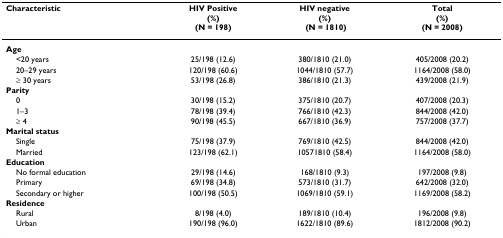
| Characteristic | HIV Positive (%) (N = 198) | HIV negative(%)  (N = 1810) | Total (%) (N = 2008) |
 | --- | --- | --- | --- |
 | Age |  |  |  |
 | <20 years | 25/198 (12.6) | 380/1810 (21.0) | 405/2008 (20.2) |
 | 20–29 years | 120/198 (60.6) | 1044/1810 (57.7) | 1164/2008 (58.0) |
 | ≥ 30 years | 53/198 (26.8) | 386/1810 (21.3) | 439/2008 (21.9) |
 | Parity |  |  |  |
 | 0 | 30/198 (15.2) | 375/1810 (20.7) | 407/2008 (20.3) |
 | 1–3 | 78/198 (39.4) | 766/1810 (42.3) | 844/2008 (42.0) |
 | ≥ 4 | 90/198 (45.5) | 667/1810 (36.9) | 757/2008 (37.7) |
 | Marital status |  |  |  |
 | Single | 75/198 (37.9) | 769/1810 (42.5) | 844/2008 (42.0) |
 | Married | 123/198 (62.1) | 10571810 (58.4) | 1164/2008 (58.0) |
 | Education |  |  |  |
 | No formal education | 29/198 (14.6) | 168/1810 (9.3) | 197/2008 (9.8) |
 | Primary | 69/198 (34.8) | 573/1810 (31.7) | 642/2008 (32.0) |
 | Secondary or higher | 100/198 (50.5) | 1069/1810 (59.1) | 1169/2008 (58.2) |
 | Residence |  |  |  |
 | Rural | 8/198 (4.0) | 189/1810 (10.4) | 196/2008 (9.8) |
 | Urban | 190/198 (96.0) | 1622/1810 (89.6) | 1812/2008 (90.2) |